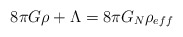
\begin{align*} 8 \pi G \rho +\Lambda= 8 \pi G_{N} \rho_{eff}\end{align*}